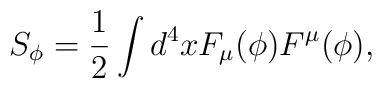
S_{\phi}=\frac{1}{2}\int d^{4}xF_{\mu}(\phi)F^{\mu}(\phi),